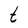
Character: t